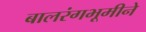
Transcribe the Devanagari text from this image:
बालरंगभूमीने